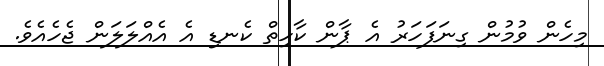
މިހެން ވުމުން ގިނަފަހަރު އެ ޕާން ކާހިތް ކެނޑި އެ އެއްލަލަން ޖެހެއެވެ.